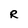
Character: R